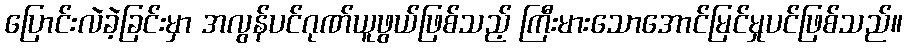
ပြောင်းလဲခဲ့ခြင်းမှာ အလွန်ပင်ဂုဏ်ယူဖွယ်ဖြစ်သည့် ကြီးမားသောအောင်မြင်မှုပင်ဖြစ်သည်။